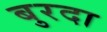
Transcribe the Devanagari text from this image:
बुरदा